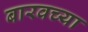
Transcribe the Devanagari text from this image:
बारवच्या